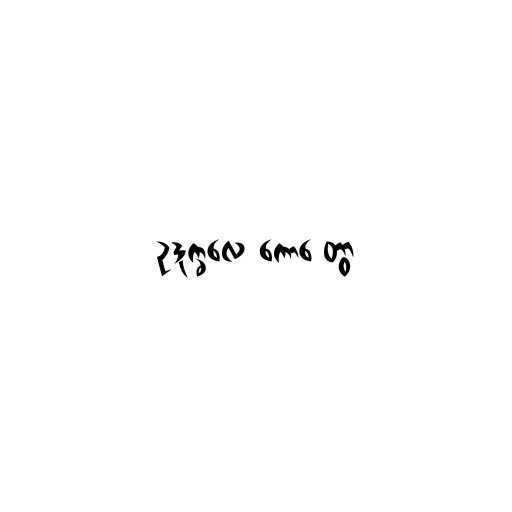
ဥဒုက္ခလေ ကောဋ္ဋေတွာ